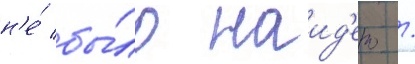
н'е́ бы́ло наид'ено /